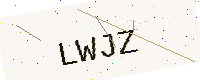
Text: LWJZ